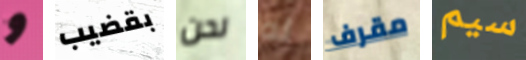
و بقضيب نحن له مقرف سيم